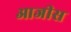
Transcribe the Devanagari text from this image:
आजीस